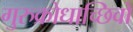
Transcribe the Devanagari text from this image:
गुरुक्रोधाच्छिवो